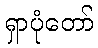
ရှာပုံတော်